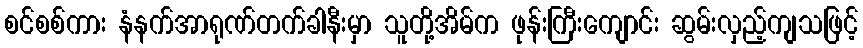
စင်စစ်ကား နံနက်အာရုဏ်တက်ခါနီးမှာ သူတို့အိမ်က ဖုန်းကြီးကျောင်း ဆွမ်းလှည့်ကျသဖြင့်